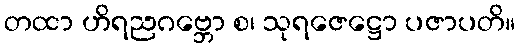
တထာ ဟိရညဂဗ္ဘော စ၊ သုရဇေဋ္ဌော ပဇာပတိ။